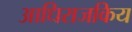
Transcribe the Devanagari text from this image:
आधिराजकिय